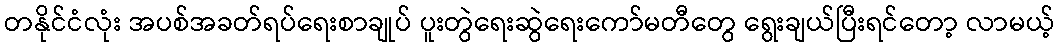
တနိုင်ငံလုံး အပစ်အခတ်ရပ်ရေးစာချုပ် ပူးတွဲရေးဆွဲရေးကော်မတီတွေ ရွေးချယ်ပြီးရင်တော့ လာမယ့်